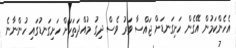
އެހެންކަމުން އޭގެން ހަށިގަނޑަށް ޖައްސާ ވަރު ވެސް ދިގު މުއްދަތަކަށް ހަށިގަނޑުގައި ހުންނާނެ